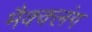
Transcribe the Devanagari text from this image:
मैक्क्लंग